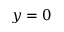
y = 0